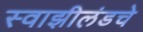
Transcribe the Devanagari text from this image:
स्वाझीलंडचे